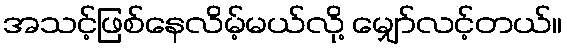
အသင့်ဖြစ်နေလိမ့်မယ်လို့ မျှော်လင့်တယ်။